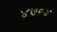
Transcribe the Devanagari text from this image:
४७०४